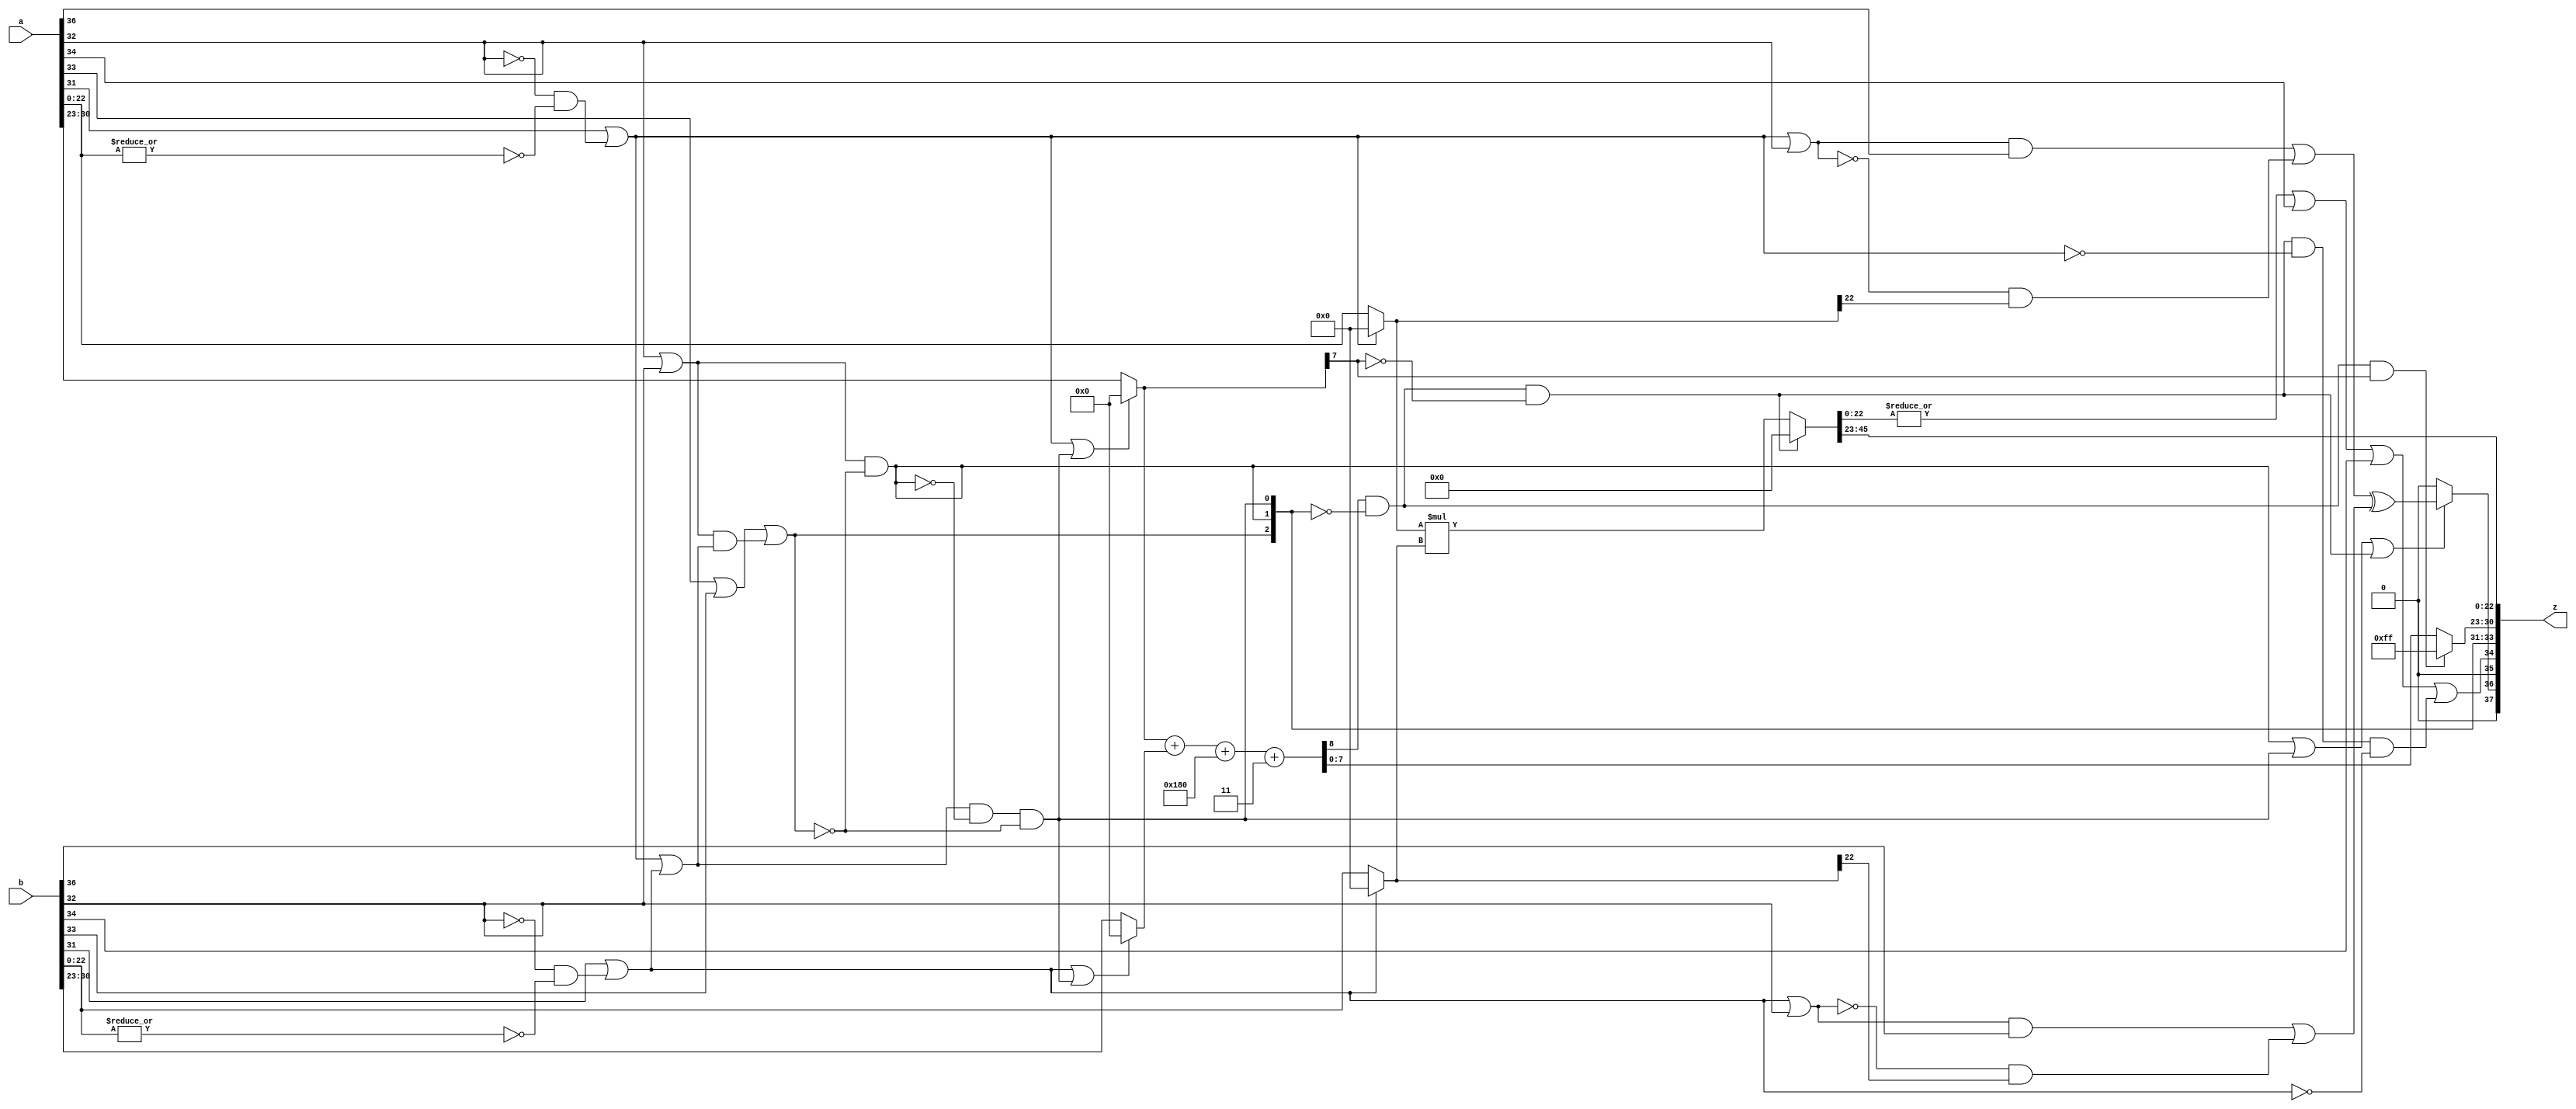
module DW_ifp_mult (
  a,
  b,
  z
  // Embedded dc_shell script
  // _model_constraint_2
);

  parameter sig_widthi = 23;      // RANGE 2 TO 253
  parameter exp_widthi = 8;       // RANGE 3 TO 31
  parameter sig_widtho = 23;      // RANGE 2 TO 253
  parameter exp_widtho = 8;       // RANGE 3 TO 31

  input  [exp_widthi + sig_widthi + 6:0] a;
  input  [exp_widthi + sig_widthi + 6:0] b;
  output [exp_widtho + sig_widtho + 6:0] z;


`define M_left (sig_widtho-1)
`define M_z_full_left (2*sig_widtho-1)
`define E_z_left exp_widtho
`define E_a_left (exp_widtho-1)
  wire [7-1:0] status_int;
  wire [7-1:0] status_inpa;
  wire [7-1:0] status_inpb;
  wire [exp_widtho+sig_widtho+7-1:0] z_temp;
  wire nan_a, inf_a, zer_a, stk_a, nan_b, inf_b, zer_b, stk_b;
  wire STK;
  wire [`E_a_left:0] E_a,E_b;
  wire [`E_z_left:0] E_z;
  wire signed [`M_z_full_left:0] M_z_full;
  wire signed [`M_left:0] M_a;  
  wire signed [`M_left:0] M_b;  
  wire sign_a, sign_b, sign_z;
  wire inputa_1scmpl;
  wire inputb_1scmpl;
  wire [sig_widtho-sig_widthi:0] lsext_a_vector;
  wire [sig_widtho-sig_widthi:0] lsext_b_vector;
  wire LS_a_ext, LS_b_ext;
  wire [exp_widtho:0] Bias;
  wire [exp_widtho:0] Bias_std;
  wire [exp_widtho:0] Bias_std_n;

  assign status_inpa = a[sig_widthi+exp_widthi+7-1:sig_widthi+exp_widthi];
  assign status_inpb = b[sig_widthi+exp_widthi+7-1:sig_widthi+exp_widthi];
  assign nan_a = status_inpa[2];
  assign inf_a = status_inpa[1];
  assign stk_a = status_inpa[3     ];
  assign nan_b = status_inpb[2];
  assign inf_b = status_inpb[1];
  assign stk_b = status_inpb[3     ];
  assign inputa_1scmpl = status_inpa[4];
  assign inputb_1scmpl = status_inpb[4];
  assign LS_a_ext = (status_inpa[6     ] & a[0]) |
                    (inputa_1scmpl & a[sig_widthi-1]);
  assign LS_b_ext = (status_inpb[6     ] & b[0]) |
                    (inputb_1scmpl & b[sig_widthi-1]);
  assign lsext_a_vector = {sig_widtho-sig_widthi+1{LS_a_ext}};
  assign lsext_b_vector = {sig_widtho-sig_widthi+1{LS_b_ext}};

  assign zer_a = status_inpa[0] | (~inf_a & ~|a[sig_widthi-1:0]);
  assign zer_b = status_inpb[0] | (~inf_b & ~|b[sig_widthi-1:0]);
 
  assign E_a = (zer_a | status_int[0])?0:
		(exp_widthi < exp_widtho)?
		  {{exp_widtho-exp_widthi{1'b0}},a[sig_widthi+exp_widthi-1:sig_widthi]}:a[sig_widthi+exp_widthi-1:sig_widthi];
  assign E_b = (zer_b | status_int[0])?0:
		(exp_widthi < exp_widtho)?
		  {{exp_widtho-exp_widthi{1'b0}},b[sig_widthi+exp_widthi-1:sig_widthi]}:b[sig_widthi+exp_widthi-1:sig_widthi];
 
  assign M_a = (zer_a)?0:
		(sig_widthi < sig_widtho)?
		   $signed({a[sig_widthi-1:0],lsext_a_vector[sig_widtho-sig_widthi:1]}):
                   $signed(a[sig_widthi-1:0]);
  assign M_b = (zer_b)?0:
		(sig_widthi < sig_widtho)?
		   $signed({b[sig_widthi-1:0],lsext_b_vector[sig_widtho-sig_widthi:1]}):
                   $signed(b[sig_widthi-1:0]);

  assign sign_a = ((zer_a | inf_a) & status_inpa[5     ]) |
           ((~(zer_a | inf_a)) &  M_a[`M_left]);
  assign sign_b = ((zer_b | inf_b) & status_inpb[5     ]) |
            ((~(zer_b | inf_b)) & M_b[`M_left]);
  assign sign_z = sign_a ^ sign_b;

  assign Bias = (1 << (exp_widthi-1))-1;
  assign Bias_std = Bias;
  assign Bias_std_n = ~Bias_std;

  wire [`E_z_left:0] E_z_int;
  assign E_z_int = ({1'b0,E_a} + {1'b0,E_b}) + Bias_std_n + 3;
  wire exp_overflow, exp_underflow;
  assign exp_overflow = E_z_int[`E_z_left] == 1'b1 && status_int[2:0] == 0 && 
                        E_a[`E_a_left] == 1'b1;
  assign exp_underflow = E_z_int[`E_z_left] == 1'b1 && status_int[2:0] == 0 && 
                         E_a[`E_a_left] == 1'b0;
  assign E_z = exp_overflow?{exp_widtho{1'b1}}:(E_z_int);

  assign M_z_full = exp_underflow?0:(M_a * M_b);     

  assign STK = |M_z_full[`M_z_full_left-sig_widtho:0] | stk_a | stk_b;

  assign status_int[2] = nan_a | nan_b |
                                       ((inf_a | inf_b) & (zer_a | zer_b)) ;
  assign status_int[1] = (inf_a | inf_b) & ~status_int[2];
  assign status_int[5     ] = (status_int[1] | 
                                     status_int[0] | exp_underflow)?sign_z:0;
  assign status_int[0] = ((zer_a | zer_b) & ~status_int[1] &
                                    ~status_int[2]);
  assign status_int[4] = 0;
  assign status_int[6     ] = 0;
  assign status_int[3     ] = STK | (exp_underflow & ~zer_a & ~zer_b);

  assign z_temp = {status_int, E_z[exp_widtho-1:0], 
	           M_z_full[`M_z_full_left:`M_z_full_left-sig_widtho+1]};

  assign z =  z_temp;
  
  `undef M_left 
  `undef M_z_full_left
  `undef E_z_left 
  `undef E_a_left 

endmodule